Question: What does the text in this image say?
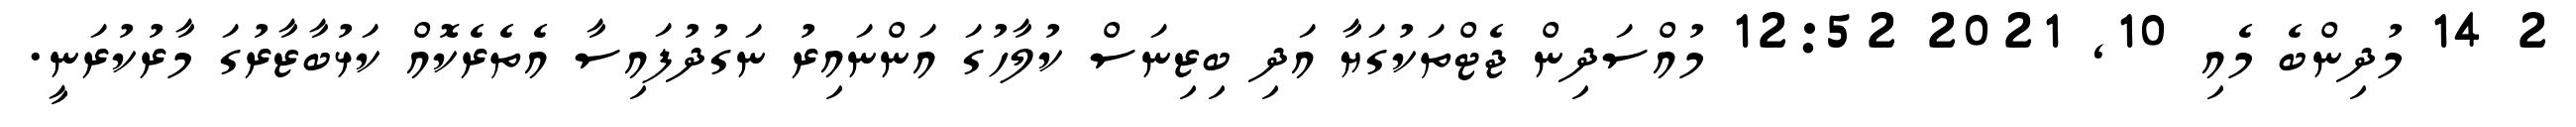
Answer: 2 14 މުދިންބެ މެއި 10, 2021 12:52 މުއްސަދިން ޖެޓްތަކުގަޔާ އަދި ބިޒިނަސް ކުލާހުގަ އަންނައިރު ނަގުދުފައިސާ އެތެރެކޮއް ކަޅުބާޒާރުގަ މާރުކުރަނީ.